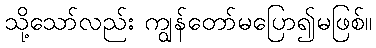
သို့သော်လည်း ကျွန်တော်မပြော၍မဖြစ်။